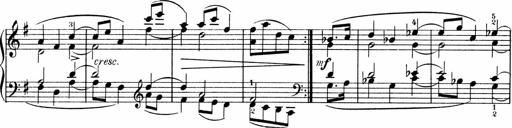
Title: 3 Sonatinen fÃ¼r Pianoforte
Composer: Fritz von Bose